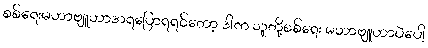
စစ်ရေးမဟာဗျူဟာအရပြောရရင်တော့ ဒါက သူတို့စစ်ရေး မဟာဗျူဟာပဲပေါ့